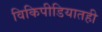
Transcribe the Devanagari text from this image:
विकिपीडियातही